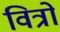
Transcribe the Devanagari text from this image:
वित्रों